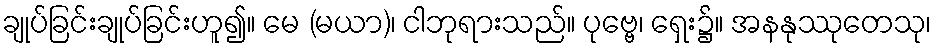
ချုပ်ခြင်းချုပ်ခြင်းဟူ၍။ မေ (မယာ)၊ ငါဘုရားသည်။ ပုဗ္ဗေ၊ ရှေး၌။ အနနုဿုတေသု၊